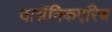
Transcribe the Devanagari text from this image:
दार्शनिकएरिच